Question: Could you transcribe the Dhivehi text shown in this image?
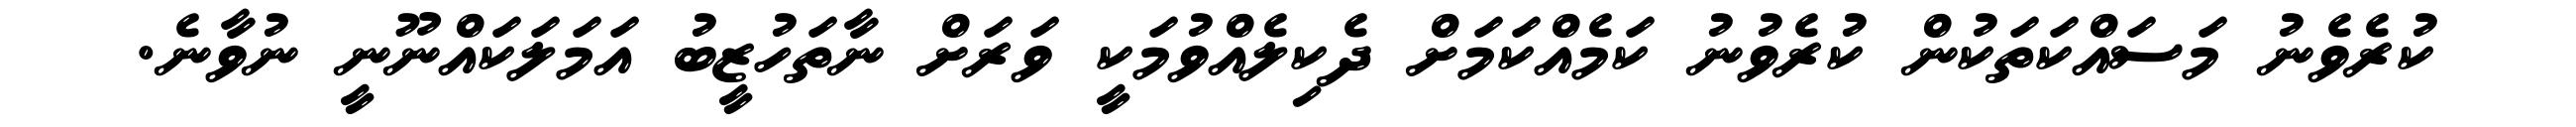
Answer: ކުރެވެނު މަސައްކަތަކުން ކުރެވުނު ކަމެއްކަމަށް ދެކިލެއްވުމަކީ ވަރަށް ނާތަހުޒީބު އަމަލަކައްނޫނީ ނުވާނެ.